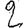
Digit: 2